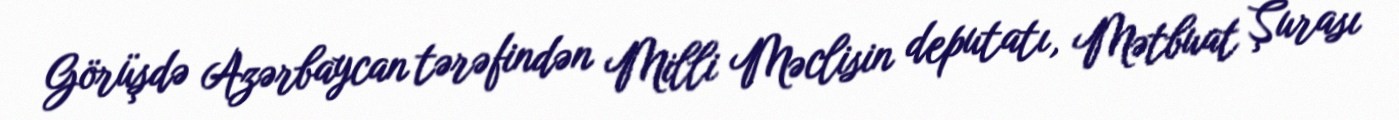
Görüşdə Azərbaycan tərəfindən Milli Məclisin deputatı, Mətbuat Şurası